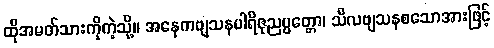
ထိုအမတ်သားကိုကဲ့သို့။ အနေကဗျသနပါရိဇုညပ္ပတ္တော၊ သီလဗျသနစသောအားဖြင့်